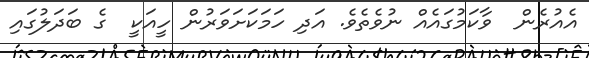
އެއުރެން  ވާކަމުގައެއް ނުވެތެވެ. އަދި ހަމަކަށަވަރުން ހީއަކީ  ގެ ބަދަލުގައި